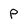
Character: P